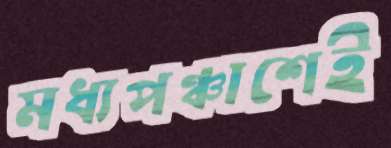
মধ্যপঞ্চাশেই